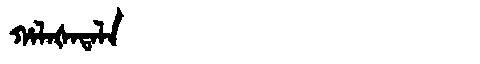
Manchu: ᡥᠠᠯᠠᡧᠠᡨᠠᠯᠠ
Romanization: HALAŠATALA